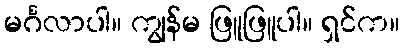
မင်္ဂလာပါ။ ကျွန်မ ဖြူဖြူပါ။ ရှင်က။